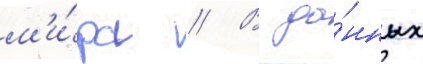
м'и́ра // В да́нных